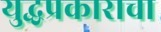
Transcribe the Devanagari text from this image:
युद्धप्रकाराचा